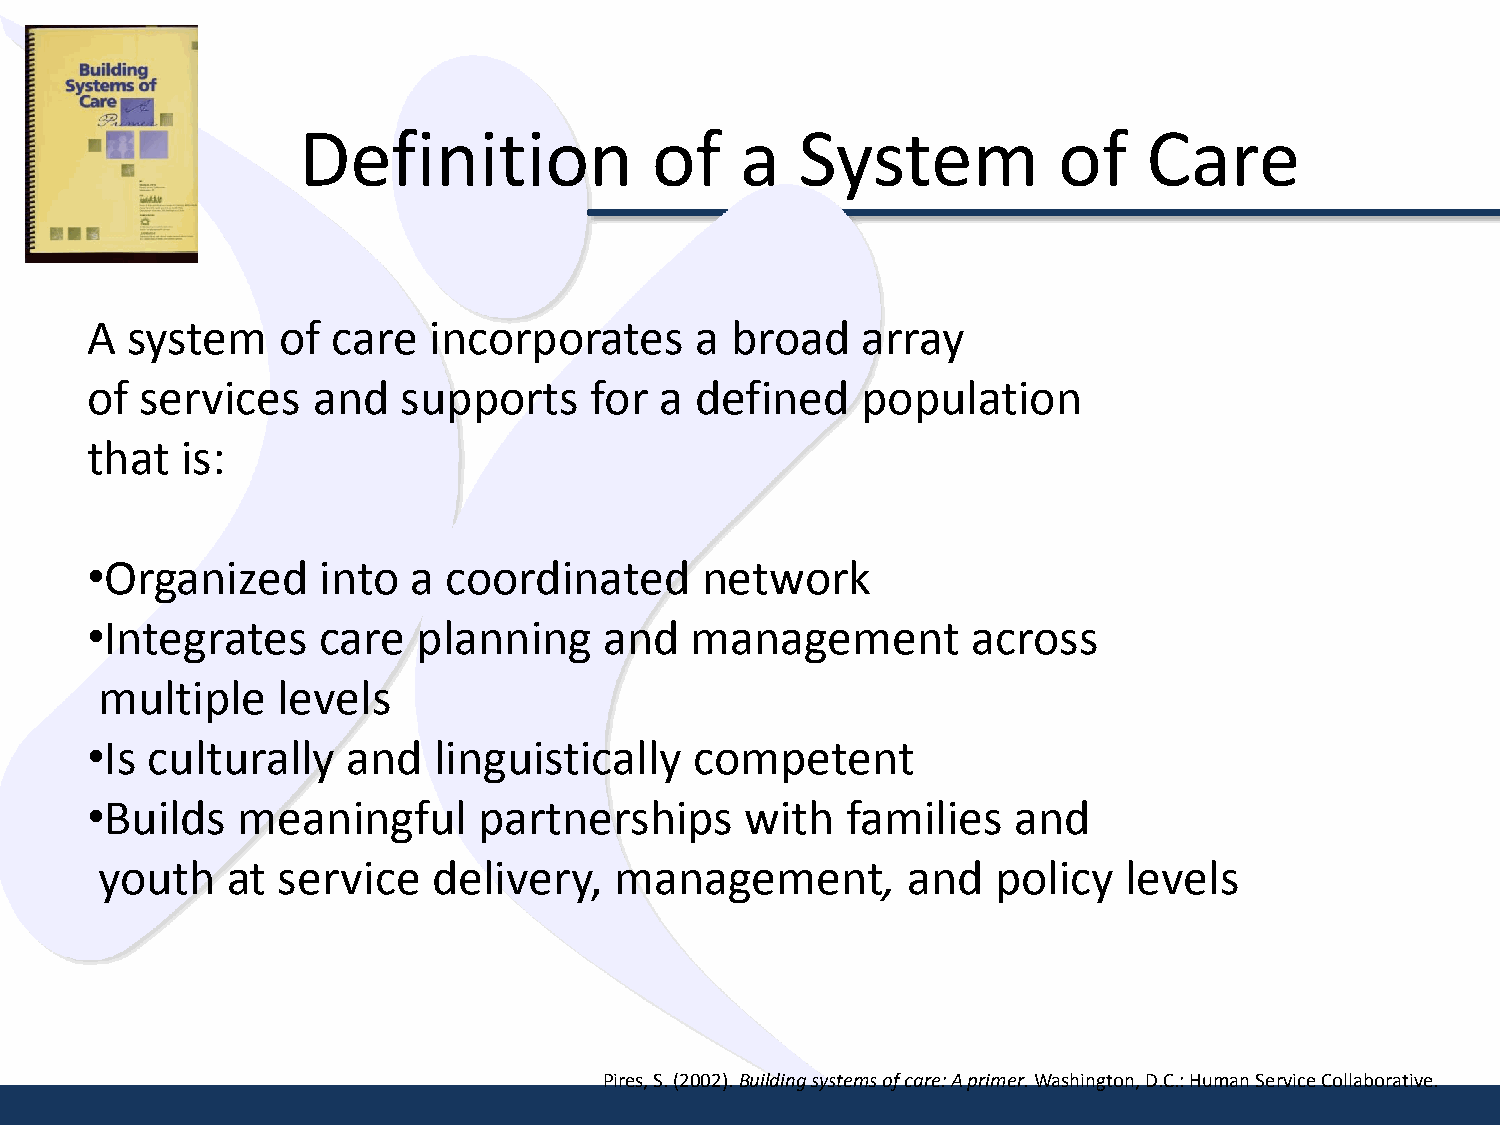
Definition             of    a   System           of    Care
 A system    of  care  incorporates      a broad    array
 of services    and   supports    for  a defined    population
 that  is:
 •Organized     into  a coordinated      network
 •Integrates    care   planning    and   management        across
 multiple    levels
 •Is culturally   and   linguistically   competent
 •Builds   meaningful      partnerships     with   families   and
 youth    at service    delivery,   management,        and   policy  levels
 Pires, S. (2002). Building systems of care: A primer. Washington, D.C.: Human Service Collaborative.